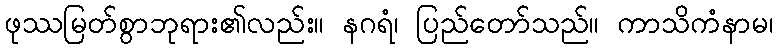
ဖုဿမြတ်စွာဘုရား၏လည်း။ နဂရံ၊ ပြည်တော်သည်။ ကာသိကံနာမ၊